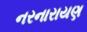
નરનારાયણ